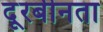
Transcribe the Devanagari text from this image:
दूरबीनता